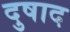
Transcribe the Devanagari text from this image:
दुषाद